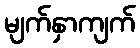
မျက်နှာကျက်